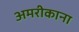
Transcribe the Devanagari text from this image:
अमरीकाना